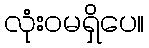
လုံးဝမရှိပေ။